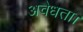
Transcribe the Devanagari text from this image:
अवैधता।